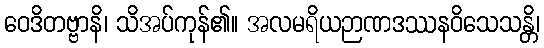
ဝေဒိတဗ္ဗာနိ၊ သိအပ်ကုန်၏။ အလမရိယဉာဏဒဿနဝိသေသန္တိ၊